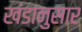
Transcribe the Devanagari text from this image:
खंडानुसार